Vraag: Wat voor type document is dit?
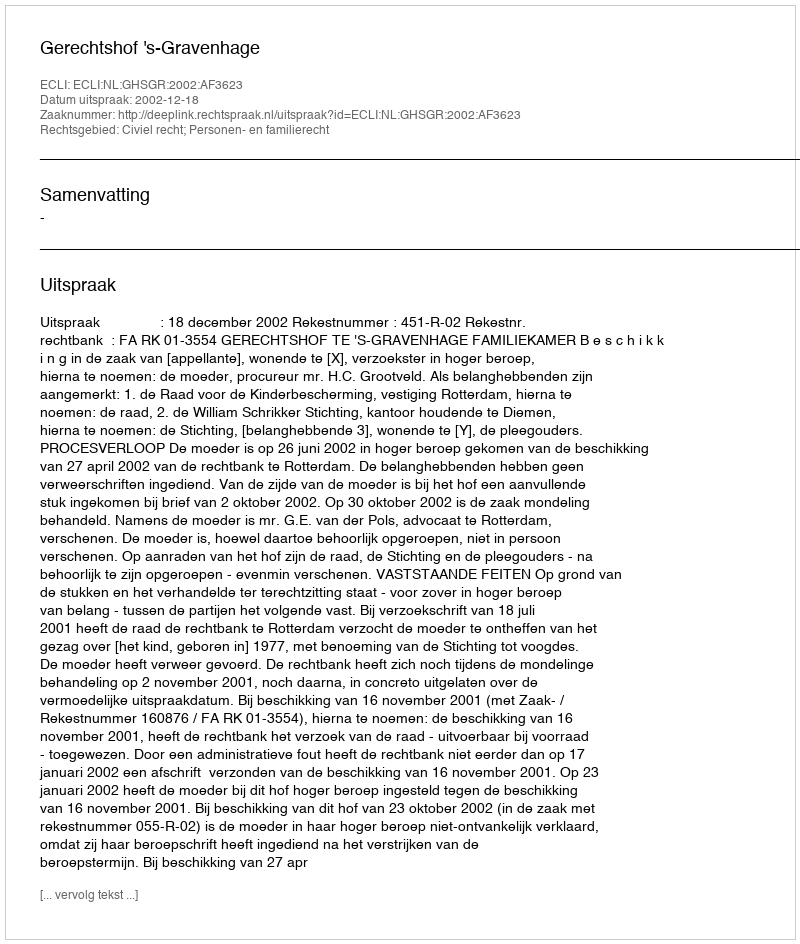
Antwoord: Uitspraak